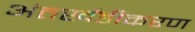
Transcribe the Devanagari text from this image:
अंतर्खंडीकरण